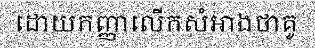
ដោយកញ្ញាលើកសំអាងថាគូ